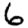
Digit: 6